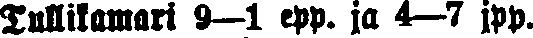
Tullikamari 9—l epp. ja 4—7 jpp.